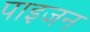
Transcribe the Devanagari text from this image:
पाइजन